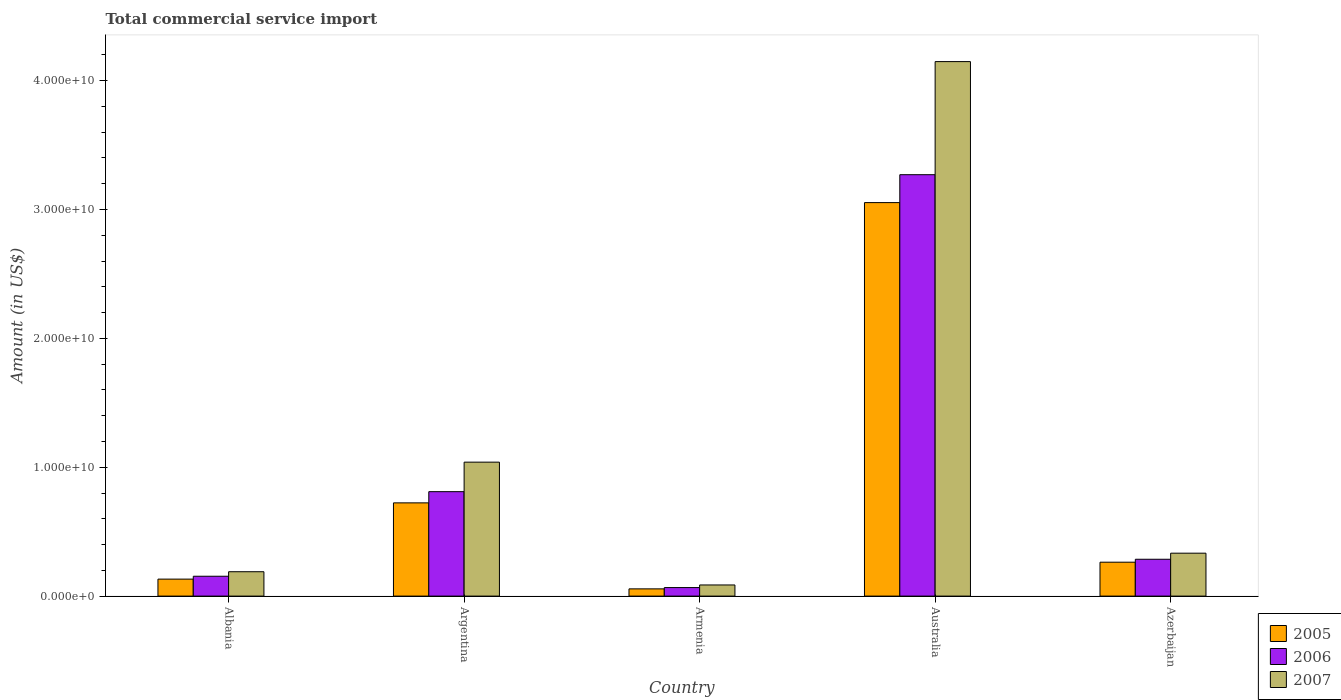
| Country | 2005 | 2006 | 2007 |
 | --- | --- | --- | --- |
 | Albania | 1.32e+09 | 1.54e+09 | 1.89e+09 |
 | Argentina | 7.24e+09 | 8.1e+09 | 1.04e+10 |
 | Armenia | 5.61e+08 | 6.62e+08 | 8.64e+08 |
 | Australia | 3.05e+10 | 3.27e+10 | 4.15e+10 |
 | Azerbaijan | 2.63e+09 | 2.86e+09 | 3.33e+09 |